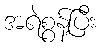
အရဲစွန့်ပြီး